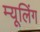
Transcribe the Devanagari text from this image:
म्यूलिंग